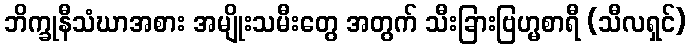
ဘိက္ခုနီသံဃာအစား အမျိုးသမီးတွေ အတွက် သီးခြားဗြဟ္မစာရီ (သီလရှင်)